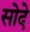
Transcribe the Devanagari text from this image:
सोदे